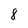
Character: 8